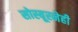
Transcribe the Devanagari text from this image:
सोस्यूरनेही